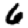
Digit: 6